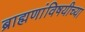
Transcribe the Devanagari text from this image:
ब्राह्मणांविषयीच्या